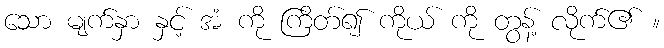
သော မျက်နှာ နှင့် အံ ကို ကြိတ်၍ ကိုယ် ကို တွန့် လိုက်၏ ။